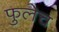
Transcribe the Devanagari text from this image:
फुलेच